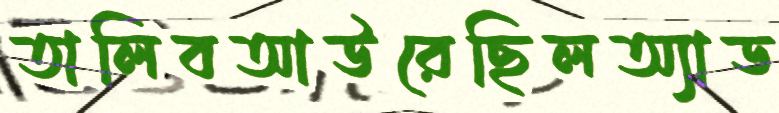
তালিবআউরেছিলঅ্যাড